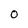
Character: o